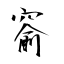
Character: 窬